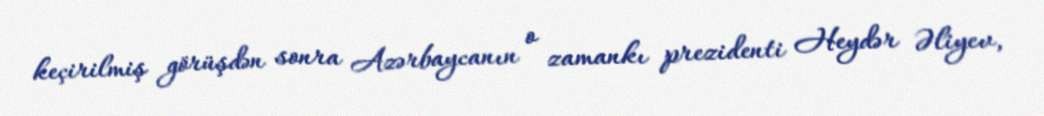
keçirilmiş görüşdən sonra Azərbaycanın o zamankı prezidenti Heydər Əliyev,